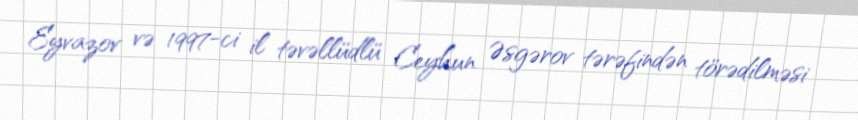
Eyvazov və 1997-ci il təvəllüdlü Ceyhun Əsgərov tərəfindən törədilməsi